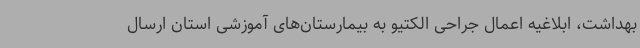
بهداشت، ابلاغیه اعمال جراحی الکتیو به بیمارستان‌های آموزشی استان ارسال